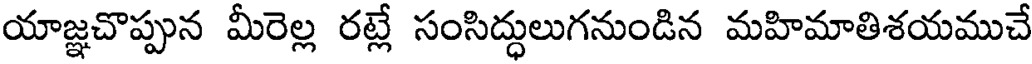
యాజ్ఞచొప్పున మీరెల్ల రట్లే సంసిద్ధులుగనుండిన మహిమాతిశయముచే